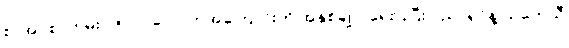
စာအုပ်စာတမ်း ၁၅၀၀ လောက်အကြောင်းကို အနှစ်ချုပ် ရေးပြပြီး ပညာရှင်နဲ့ သုတေသီ